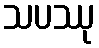
သပဿု